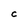
Character: C